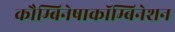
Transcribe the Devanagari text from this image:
कौम्बिनेषाकॉम्बिनेशन